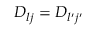
D _ { l j } = D _ { l { ' } j { ' } }